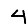
Digit: 4